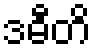
ဒဓီတိ